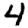
Digit: 4